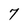
Character: 7